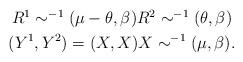
LaTeX: \begin{align*}\begin{gathered}R^1 \sim ^{-1}(\mu-\theta,\beta) R^2\sim ^{-1}(\theta,\beta)\\(Y^1,Y^2)= (X,X) X\sim ^{-1}(\mu,\beta).\end{gathered}\end{align*}